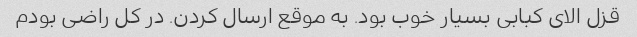
قزل الای کبابی بسیار خوب بود. به موقع ارسال کردن. در کل راضی بودم